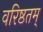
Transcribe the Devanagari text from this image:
वरिष्ठतम्